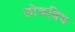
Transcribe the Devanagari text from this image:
लोकप्रिय